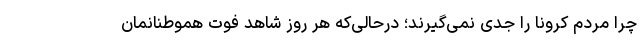
چرا مردم کرونا را جدی نمی‌گیرند؛ درحالی‌که هر روز شاهد فوت هموطنانمان